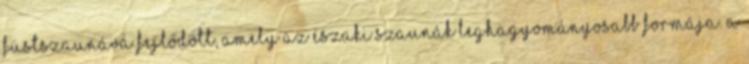
füstszaunává fejlődött, amely az északi szaunák leghagyományosabb formája. A